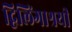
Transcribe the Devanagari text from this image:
द्विलिंगाश्रयी